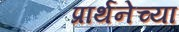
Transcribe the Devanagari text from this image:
प्रार्थनेच्या